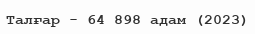
Талғар - 64 898 адам (2023)